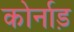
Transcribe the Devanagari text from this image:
कोर्नाड़